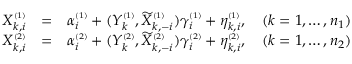
\begin{array} { r l r } { X _ { k , i } ^ { \scriptscriptstyle ( 1 ) } } & { = } & { \alpha _ { i } ^ { \scriptscriptstyle ( 1 ) } + ( Y _ { k } ^ { \scriptscriptstyle ( 1 ) } , \widetilde X _ { k , - i } ^ { \scriptscriptstyle ( 1 ) } ) \gamma _ { i } ^ { \scriptscriptstyle ( 1 ) } + \eta _ { k , i } ^ { \scriptscriptstyle ( 1 ) } , \quad ( k = 1 , \dots , n _ { 1 } ) } \\ { X _ { k , i } ^ { \scriptscriptstyle ( 2 ) } } & { = } & { \alpha _ { i } ^ { \scriptscriptstyle ( 2 ) } + ( Y _ { k } ^ { \scriptscriptstyle ( 2 ) } , \widetilde X _ { k , - i } ^ { \scriptscriptstyle ( 2 ) } ) \gamma _ { i } ^ { \scriptscriptstyle ( 2 ) } + \eta _ { k , i } ^ { \scriptscriptstyle ( 2 ) } , \quad ( k = 1 , \dots , n _ { 2 } ) } \end{array}